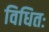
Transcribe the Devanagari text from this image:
विधितः